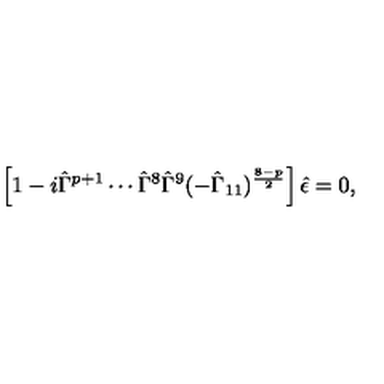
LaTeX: \left[ 1 - i \hat { \Gamma } ^ { p + 1 } \cdots \hat { \Gamma } ^ { 8 } \hat { \Gamma } ^ { 9 } ( - \hat { \Gamma } _ { 1 1 } ) ^ { \frac { 8 - p } { 2 } } \right] \hat { \epsilon } = 0 ,